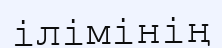
ілімінің